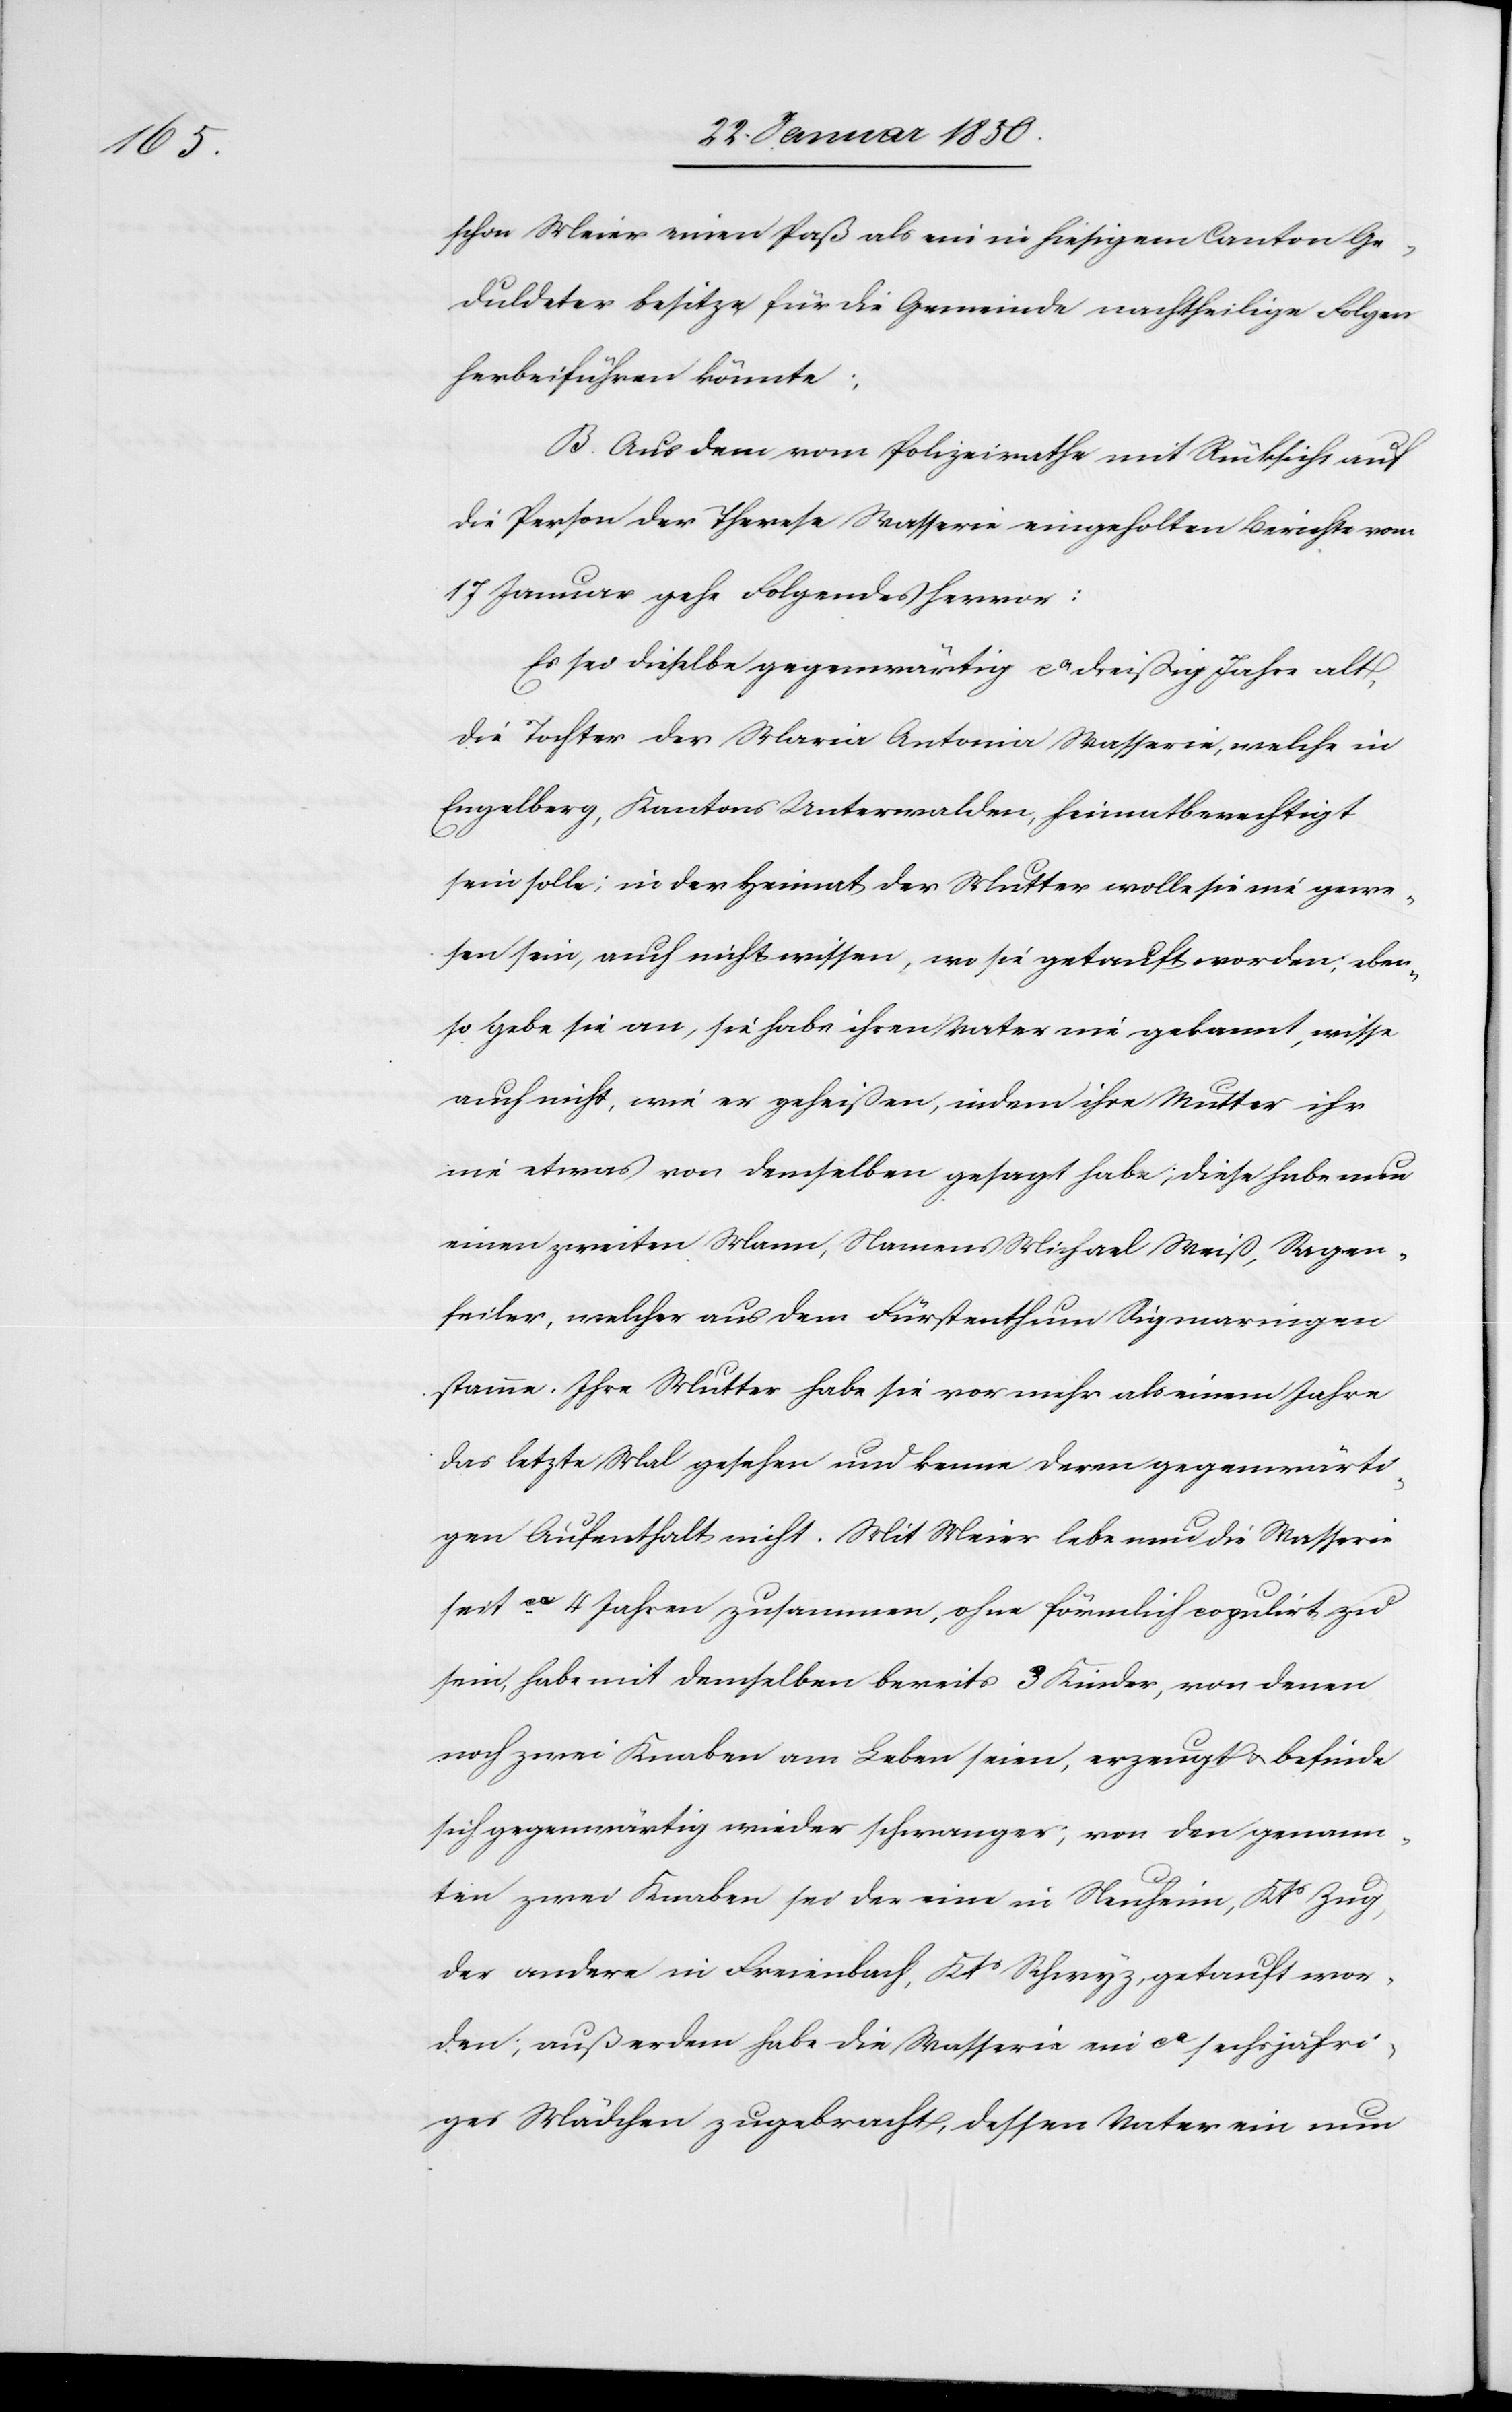
schon Meier einen Paß als ein in hiesigem Canton Ge¬
duldeter besitze für die Gemeinde nachtheilige Folgen
herbeiführen könnte;
B. Aus dem vom Polizeirathe mit Rücksicht auf
die Person der Therese Masserie eingeholten Berichte vom
17 Januar gehe Folgendes hervor:
Es sei dieselbe gegenwärtig ca dreißig Jahre alt,
die Tochter der Maria Antonia Masserie, welche in
Engelberg, Kantons Unterwalden, heimatberechtigt
sein solle; in der Heimat der Mutter wolle sie nie gewe¬
sen sein, auch nicht wissen, wo sie getauft worden; eben¬
so gebe sie an, sie habe ihren Vater nie gekannt, wisse
auch nicht, wie er geheißen, indem ihre Mutter ihr
nie etwas von demselben gesagt habe; diese habe nun
einen zweiten Mann, Namens Michael Meiß, Sagen¬
feiler, welcher aus dem Fürstenthum Sigmaringen
stamme. Ihre Mutter habe sie vor mehr als einem Jahre
das letzte Mal gesehen und kenne deren gegenwärti¬
gen Aufenthalt nicht. Mit Meier lebe nun die Masserie
seit ca 4 Jahren zusammen, ohne förmlich copulirt zu
sein, habe mit demselben bereits 3 Kinder, von denen
noch zwei Knaben am Leben seien, erzeugt u. befinde
sich gegenwärtig wieder schwanger; von den genann¬
ten zwei Knaben sei der eine in Neuheim, Kts Zug,
der andere in Freienbach, Kts Schwyz, getauft wor¬
den; außerdem habe die Masserie ein ca sechsjähri¬
ges Mädchen zugebracht, dessen Vater ein nun